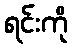
ရင်းကို